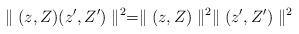
LaTeX: \begin{align*}\parallel (z,Z)(z',Z')\parallel^2=\parallel(z,Z)\parallel^2\parallel (z',Z')\parallel^2\end{align*}